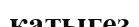
қатыгез